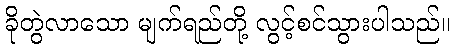
ခိုတွဲလာသော မျက်ရည်တို့ လွင့်စင်သွားပါသည်။